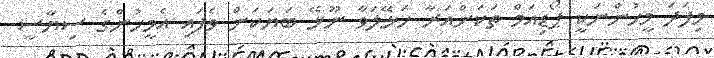
މިފަދަ މީހުންނަކީ ޕޯޑިއަމް ތަކަށްއަރާ ހަޅޭލަވާ ނޫޅޭ ބަޔަކަށް ވެފައި އެމީހުންގެ ސިޔާސީ